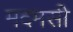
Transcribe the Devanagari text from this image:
मदमसी